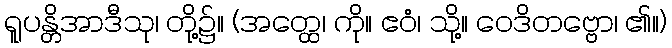
ရူပန္တိအာဒီသု၊ တို့၌။ (အတ္ထေ၊ ကို။ ဧဝံ၊ သို့။ ဝေဒိတဗ္ဗော၊ ၏။)